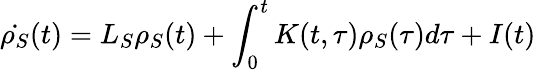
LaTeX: \dot{\rho_{S}}(t)={{L}_{S}}\rho_{S}(t)+\int_{0}^{t}{K(t,\tau)\rho_{S}(\tau)d\tau}+I(t)